Riigikantselei, lk 3
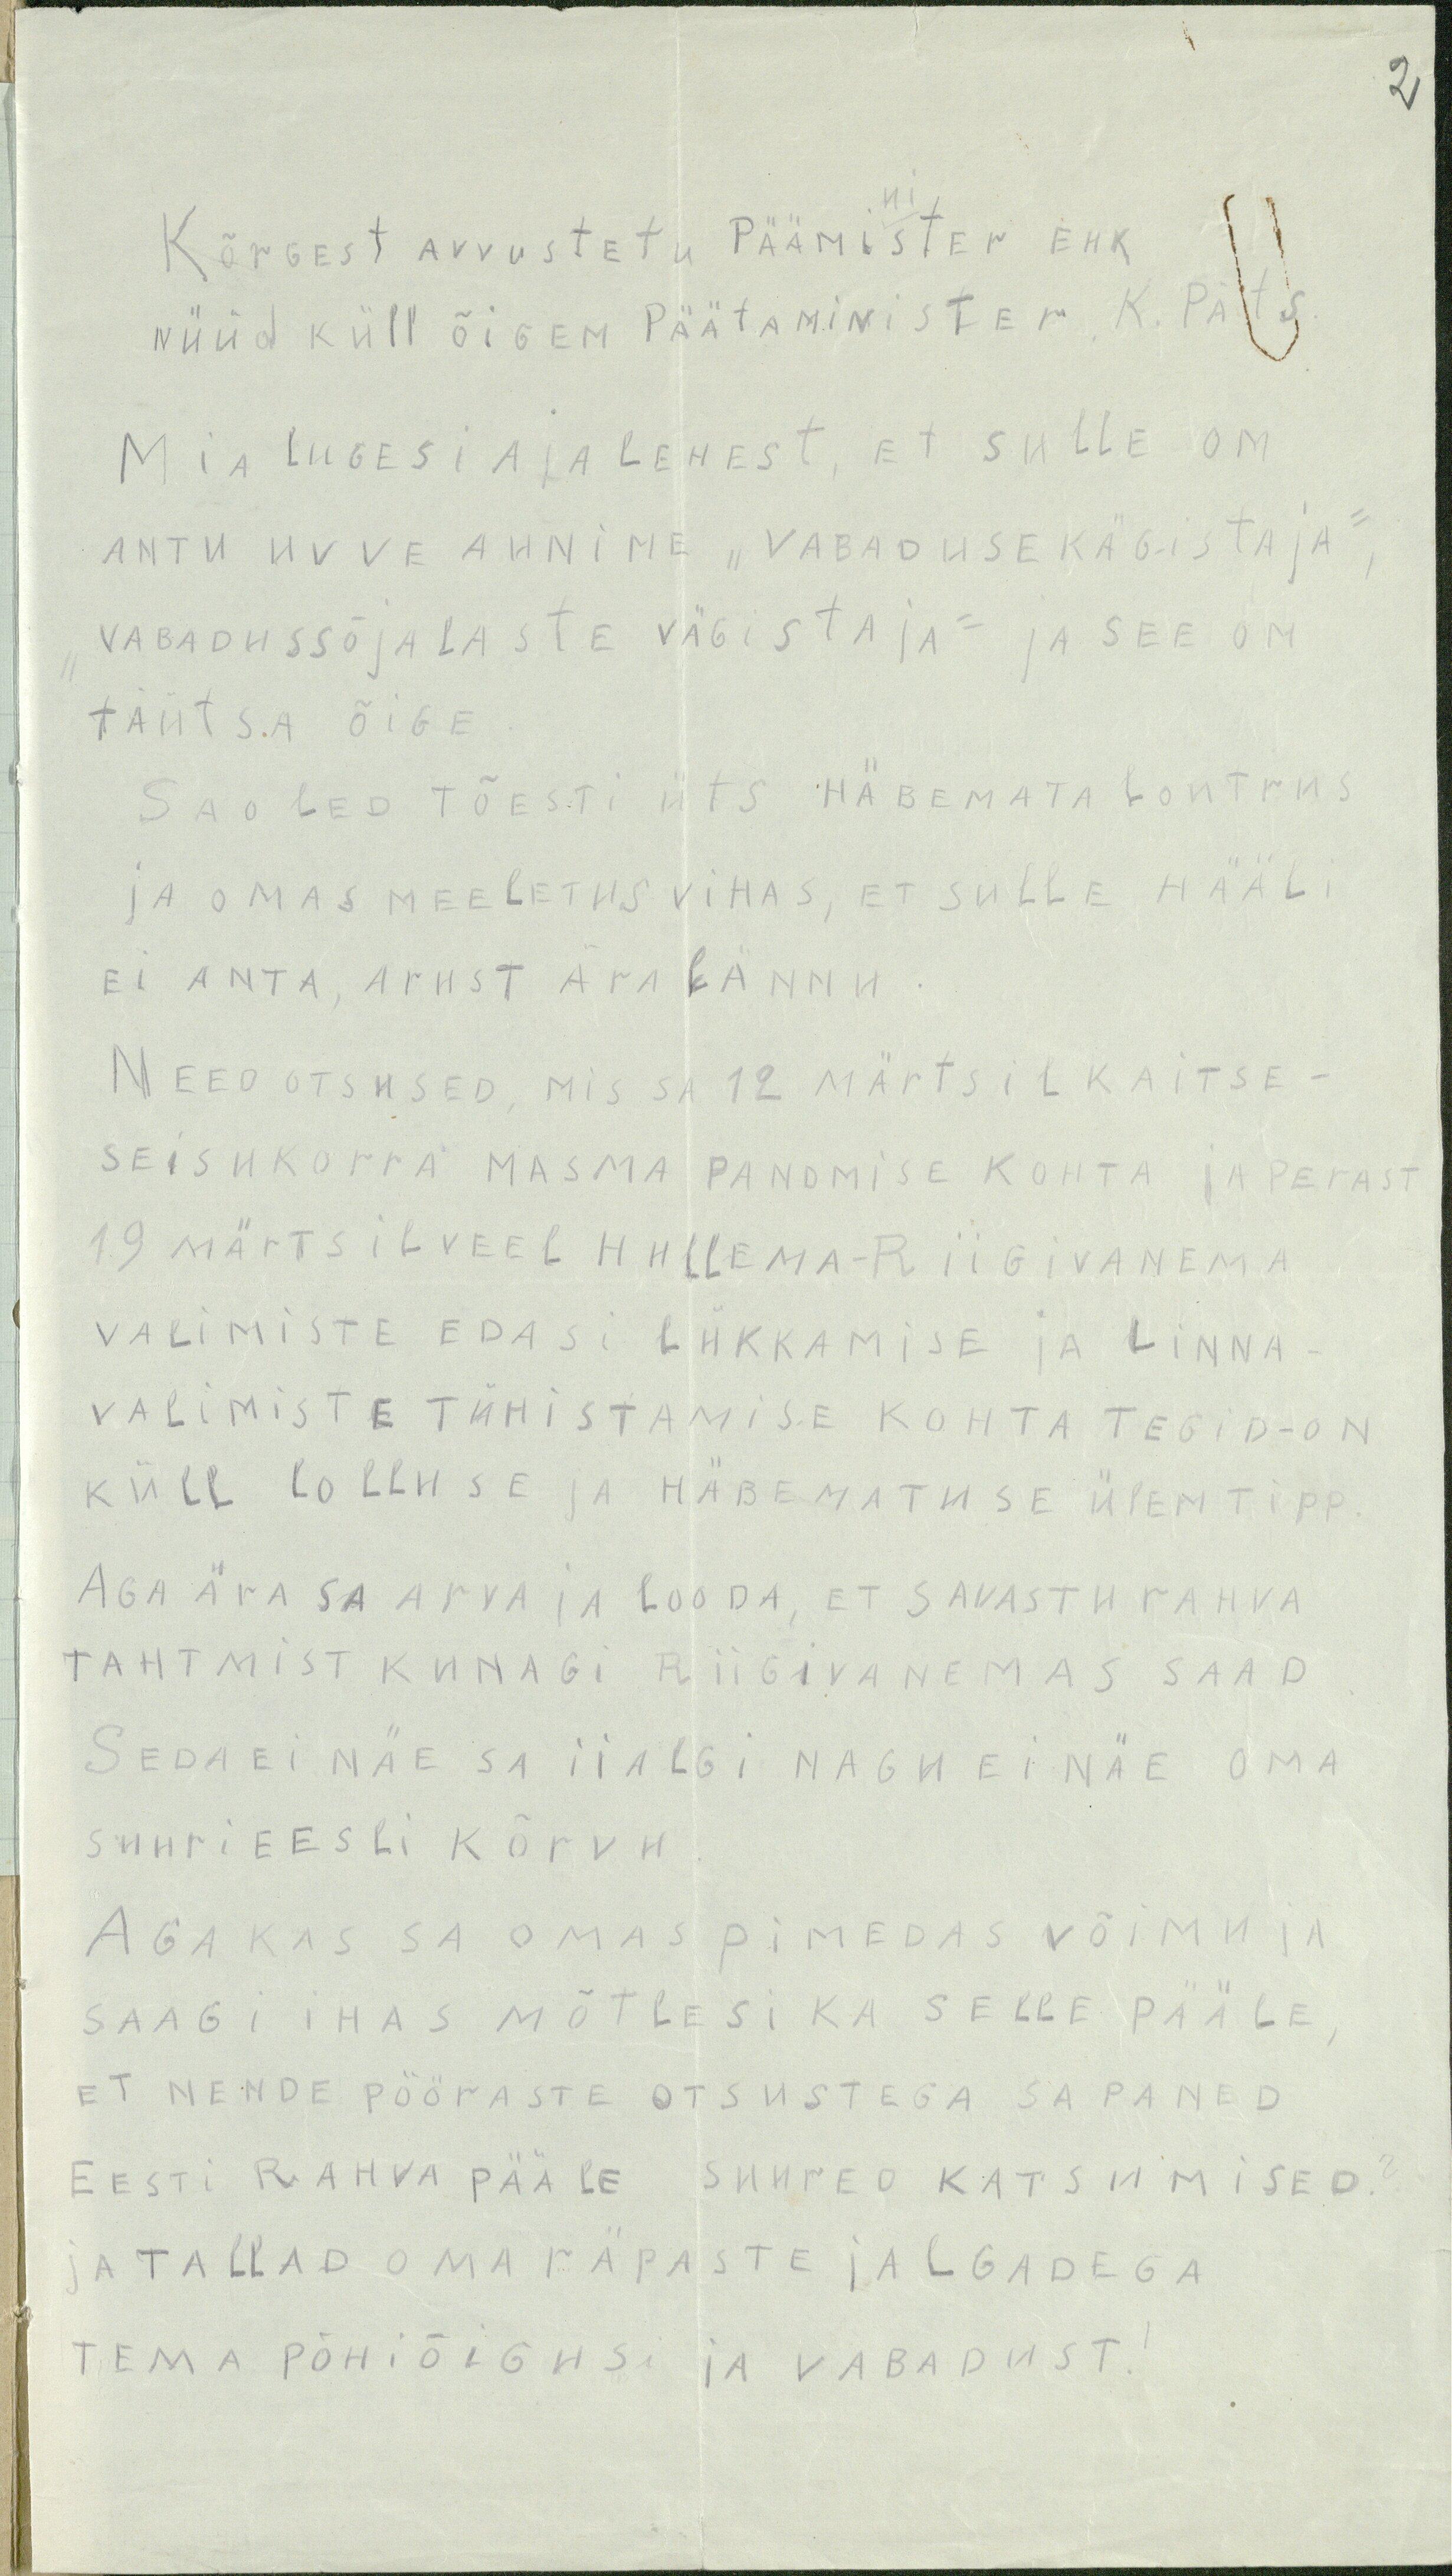
2

KÕRGEST AVVUSTETU PÄÄMINISTER EHK
NÜÜD KÜLL ÕIGEN PÄÄTANINISTER K. PÄTS
MIA LUGESI AJALEHEST, ET SULLE OM
ANTU UVVE AUNIME "VABADUSE KÄGISTAJA"
VABADUSSÕJALASTE VÄGISTAJA" JA SEE OM
TÄÜTSA ÕIGE
SA OLED TÕESTI ÜTS HÄBEMATA LONTRUS
JA OMAS MEELETUS VIHAS, ET SULLE HÄÄLI
EI ANTA, ARUST ÄRA LÄNNU
NEED OTSUSED, MIS SA 12 MÄRTSIL KAITSE-
SEISUKORRA MASMA PANDMISE KOHTA JA PERAST
19 MÄRTSIL VEEL HULLEMA - RIIGIVANEMA
VALIMISTE EDASI LÜKKAMISE JA LINNA
VALIMISTE TÜHISTAMISE KOHTA TEGID - ON
KÜLL LOLLUSE JA HÄBEMATUSE ÜLEM TIPP
AGA ÄRA SA ARVA JA LOODA, ET SAVASTU RAHVA
TAHTMIST KUNAGI RIIGIVANEMAS SAAD
SEDA EI NÄE SA IIALGI NAGU EI NÄE OMA
SUURI EESLI KÕRVU
AGA KAS SA OMAS PIMEDAS VÕIMU JA
SAAGI IHAS MÕTLESI KA SELLE PÄÄLE,
ET NENDE PÖÖRASTE OTSUSTEGA SA PANED
EESTI RAHVA PÄÄLE SUURED KATSUMISED?
JA TALLAD OMA RÄPASTE JALGADEGA
TEMA PÕHIÕIGUSI JA VABADUST!